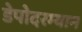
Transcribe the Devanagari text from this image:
डेपोदरम्यान